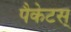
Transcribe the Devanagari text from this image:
पैकेटस्